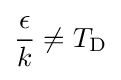
{\epsilon  \over k}\neq T_{\rm {D}}